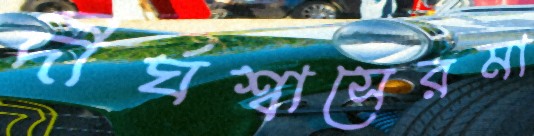
দীর্ঘশ্বাসেরমা